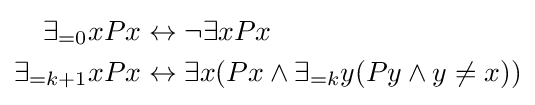
{\begin{aligned}\exists _{=0}xPx&\leftrightarrow \neg \exists xPx\\\exists _{=k+1}xPx&\leftrightarrow \exists x(Px\land \exists _{=k}y(Py\land y\neq x))\end{aligned}}